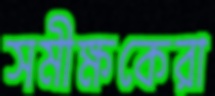
সমীক্ষকেরা